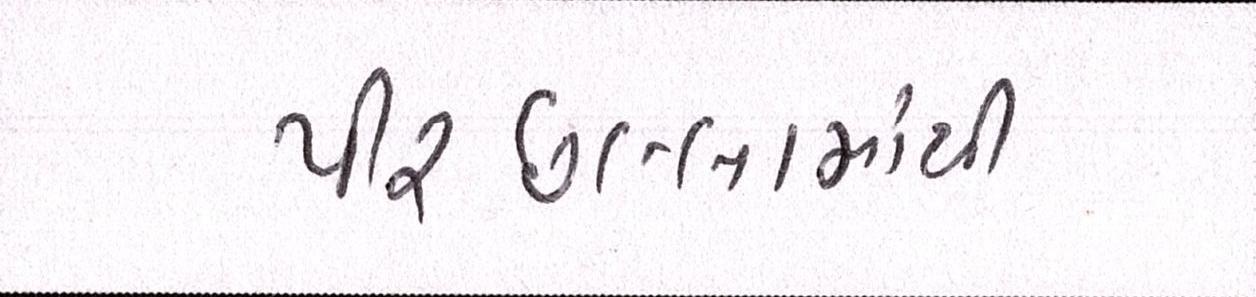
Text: પીરછલ્લામાંથી